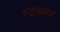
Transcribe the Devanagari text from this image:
स्टबहब